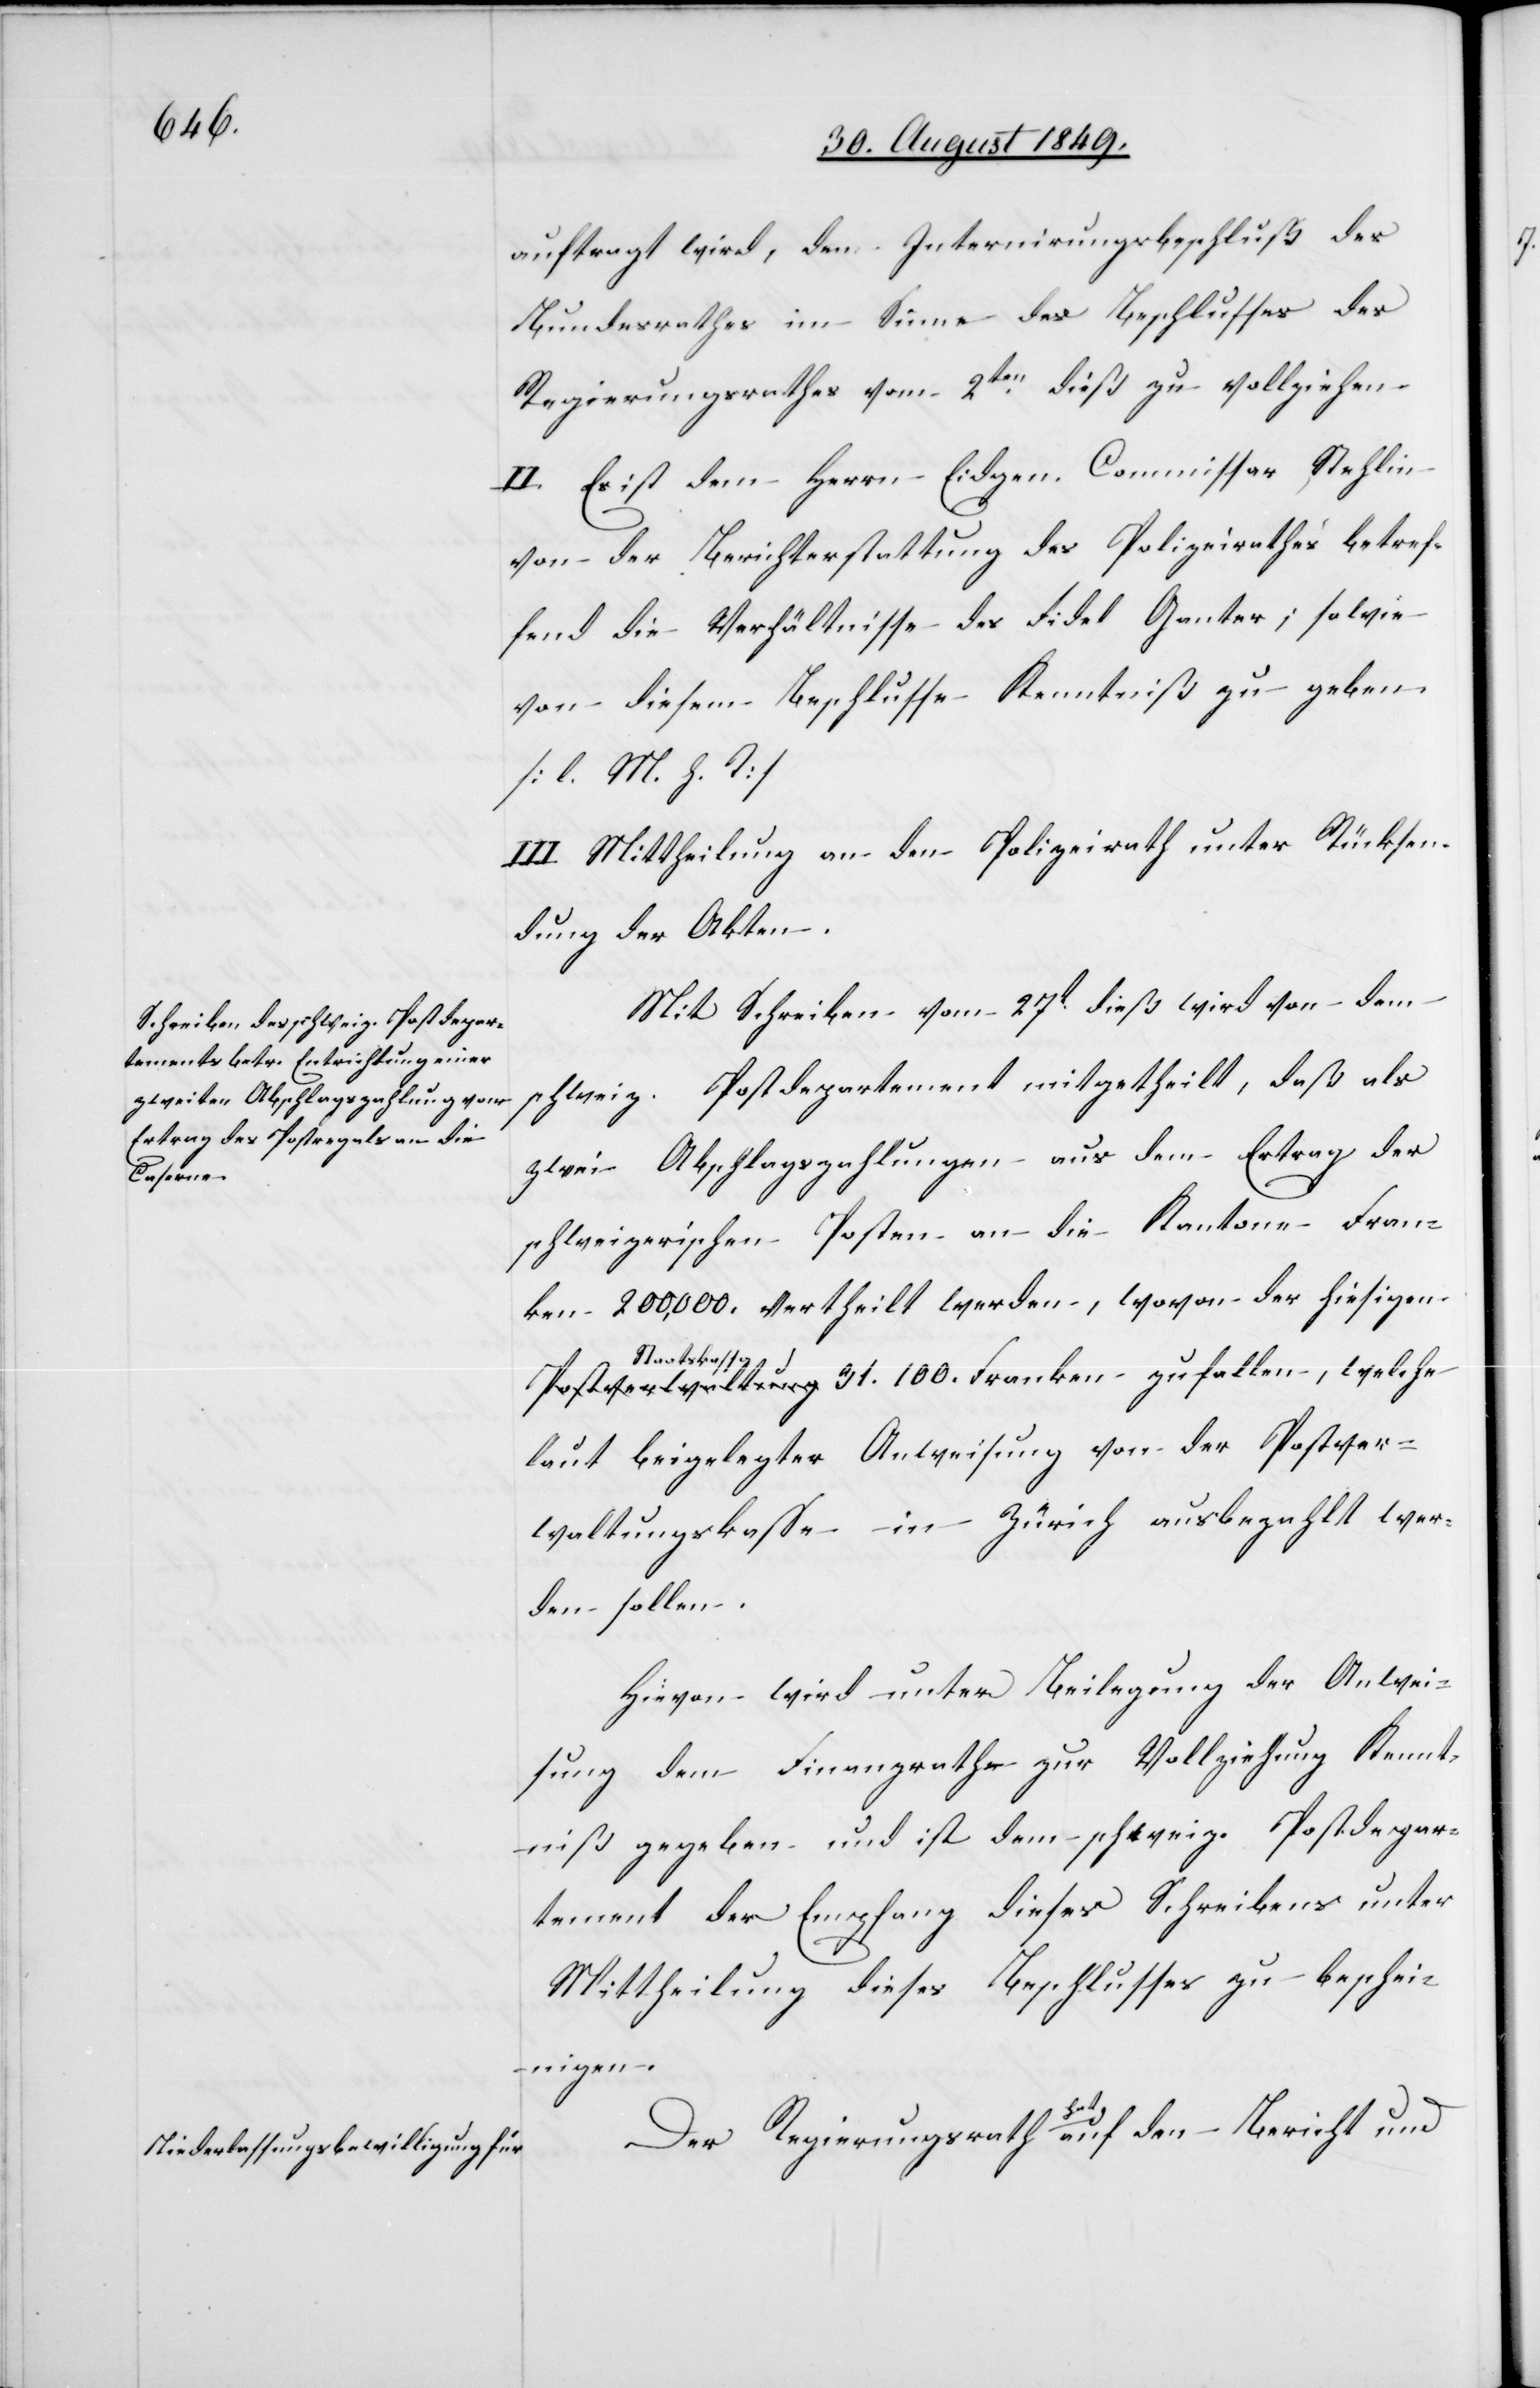
Franken

auftragt wird, den Internirungsbeschluß des
Bundesrathes im Sinne des Beschlusses des
Regierungsrathes vom 2ten dieß zu vollziehen.
II. Es ist dem Herrn Eidgen. Commissar Stehlin
von der Berichterstattung des Polizeirathes betref¬
fend die Verhältnisse des Fidel Ganter; sowie
von diesem Beschlusse Kenntniß zu geben.
[l. M. h. T]
III. Mittheillung an den Polizeirath unter Rücksen¬
dung der Akten.
Mit Schreiben vom 27t dieß wird von dem
schweiz. Postdepartement mitgetheilt, daß als
zwei Abschlagszahlungen aus dem Ertrag der
schweizerischen Posten an die Kantone Fran¬
ken 200,000. vertheilt werden, wovon der hiesigen
Staatskassa
laut beigelegter Anweisung von der Postver¬
waltungskasse in Zürich ausbezahlt wer¬
den sollen.
Hievon wird unter Beilegung der Anwei¬
sung dem Finanzrathe zur Vollziehung Kennt¬
niß gegeben und ist dem schweiz. Postdepar¬
tement der Empfang dieses Schreibens unter
Mittheilung dieses Beschlusses zu beschei¬
nigen.
Der Regierungsrath hat auf den Bericht und